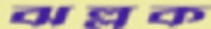
ঝল্লক